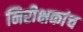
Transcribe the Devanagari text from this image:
निरीक्षकांच